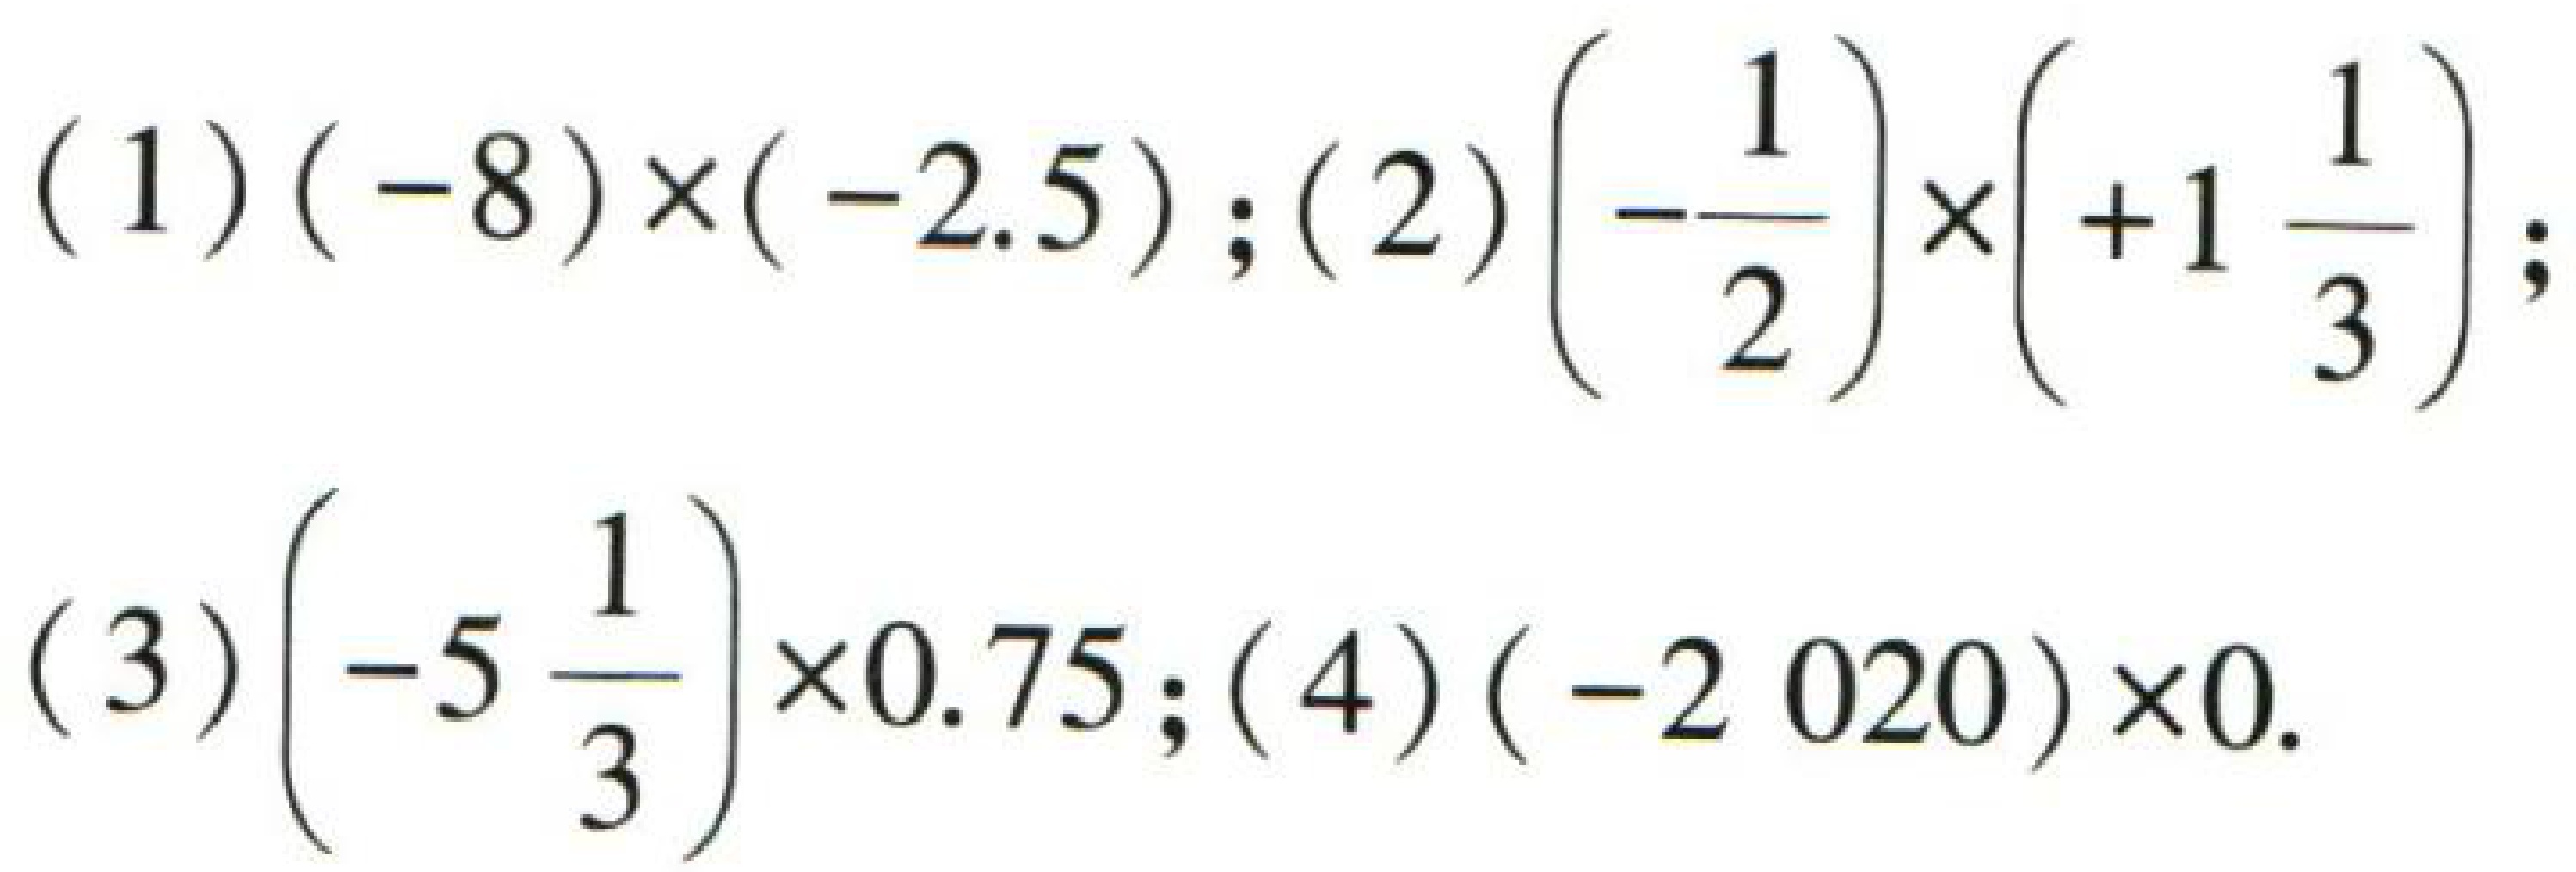
(1) \((-8)\times(-2.5)\); (2) \(\left(-\dfrac{1}{2}\right)\times\left(+1\dfrac{1}{3}\right)\);
(3) \(\left(-5\dfrac{1}{3}\right)\times0.75\); (4) \((-2020)\times0\)